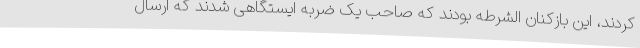
کردند، این بازکنان الشرطه بودند که صاحب یک ضربه ایستگاهی شدند که ارسال